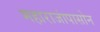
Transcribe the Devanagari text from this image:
महाराजांपासोन